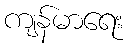
ကျန်မာရေး